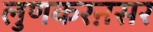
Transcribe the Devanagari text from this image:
लुणकरऩसर